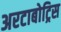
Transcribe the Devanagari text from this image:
अरटाबोट्रिस